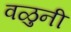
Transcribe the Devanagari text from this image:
वळुनी